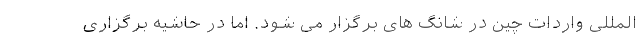
المللی واردات چین در شانگ های برگزار می شود. اما در حاشیه برگزاری